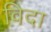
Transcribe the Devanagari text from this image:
विदा